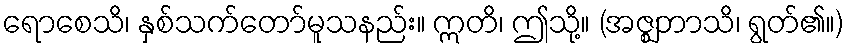
ရောစေသိ၊ နှစ်သက်တော်မူသနည်း။ ဣတိ၊ ဤသို့။ (အဇ္ဈဘာသိ၊ ရွတ်၏။)